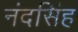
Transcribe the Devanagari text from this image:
नंदसिंह